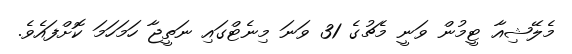
މެލޭޝިއާ ޓީމުން ވަނީ މެޗުގެ 31 ވަނަ މިނެޓްގައި ނަތީޖާ ހަމަހަމަ ކޮށްފައެވެ.